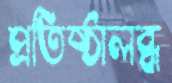
প্রতিষ্ঠালব্ধ